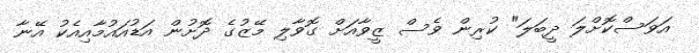
އަވަސްކޮށްލަ ދީބަލަ" ކުރިން ވެސް ޒީވާއަށް ގޮވާލި މޭޒުގެ ދޮށުން އަޑުއައުމާއިއެކު އޭނާ